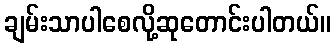
ချမ်းသာပါစေလို့ဆုတောင်းပါတယ်။